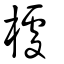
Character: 㯫